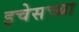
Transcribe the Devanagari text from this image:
इचेसच्या